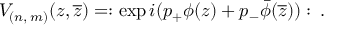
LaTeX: V _ { ( n , \, m ) } ( z , \overline { { { z } } } ) = : \exp i ( p _ { + } \phi ( z ) + p _ { - } \bar { \phi } ( \overline { { { z } } } ) ) : \: .